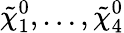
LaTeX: {\tilde{\chi}}_{1}^{0},\ldots,{\tilde{\chi}}_{4}^{0}